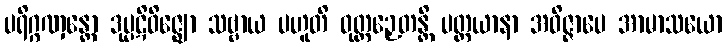
ပရိဂ္ဂဏှန္တော ဒုပ္ပဋိဝိဇ္ဈော သဗ္ဗာယ ပဟူတိ ဝုတ္တဉှေတန္တိ ပတ္တယာနာ အဝိဇ္ဇာပေ အာမာသယော